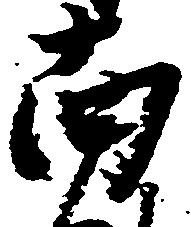
南